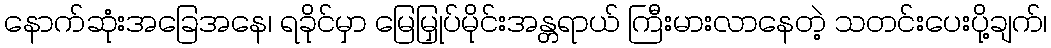
နောက်ဆုံးအခြေအနေ၊ ရခိုင်မှာ မြေမြှုပ်မိုင်းအန္တရာယ် ကြီးမားလာနေတဲ့ သတင်းပေးပို့ချက်၊